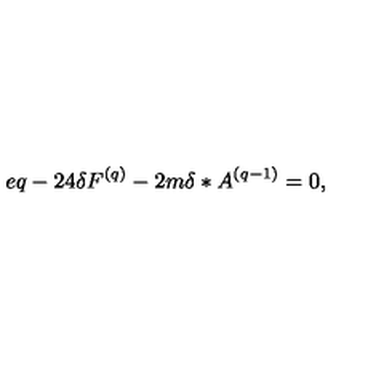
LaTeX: e q - 2 4 \delta F ^ { ( q ) } - 2 m \delta \ast A ^ { ( q - 1 ) } = 0 ,